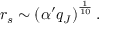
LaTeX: r _ { s } \sim \left( \alpha ^ { \prime } q _ { J } \right) ^ { \frac { 1 } { 1 0 } } .